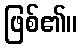
ဖြစ်၏။